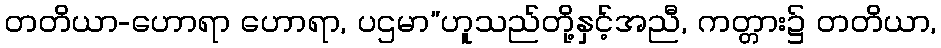
တတိယာ-ဟောရာ ဟောရာ, ပဌမာ”ဟူသည်တို့နှင့်အညီ, ကတ္တား၌ တတိယာ,